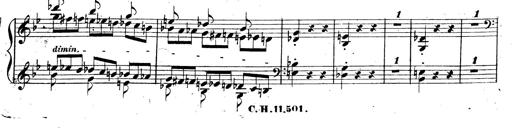
Title: 3 Caprices-Valses
Composer: Franz Liszt